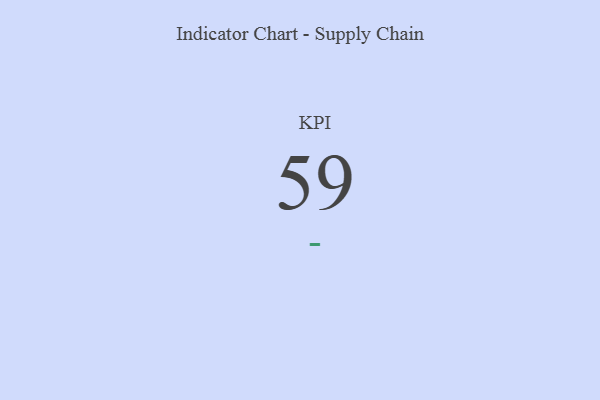
{"axis": {"x": "KPI", "y": "Value"}, "legend": [""], "data": [{"x": "KPI", "y": 59, "type": ""}]}